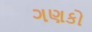
ગણકો